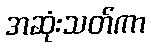
အဆုံးသတ်ကာ